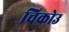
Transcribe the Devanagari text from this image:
चिकोउ